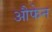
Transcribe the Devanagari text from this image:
औफेन